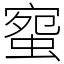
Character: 䗕